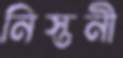
নিস্তনী